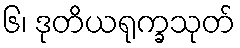
၆၊ ဒုတိယရုက္ခသုတ်